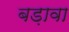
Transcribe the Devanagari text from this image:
बड़ावा